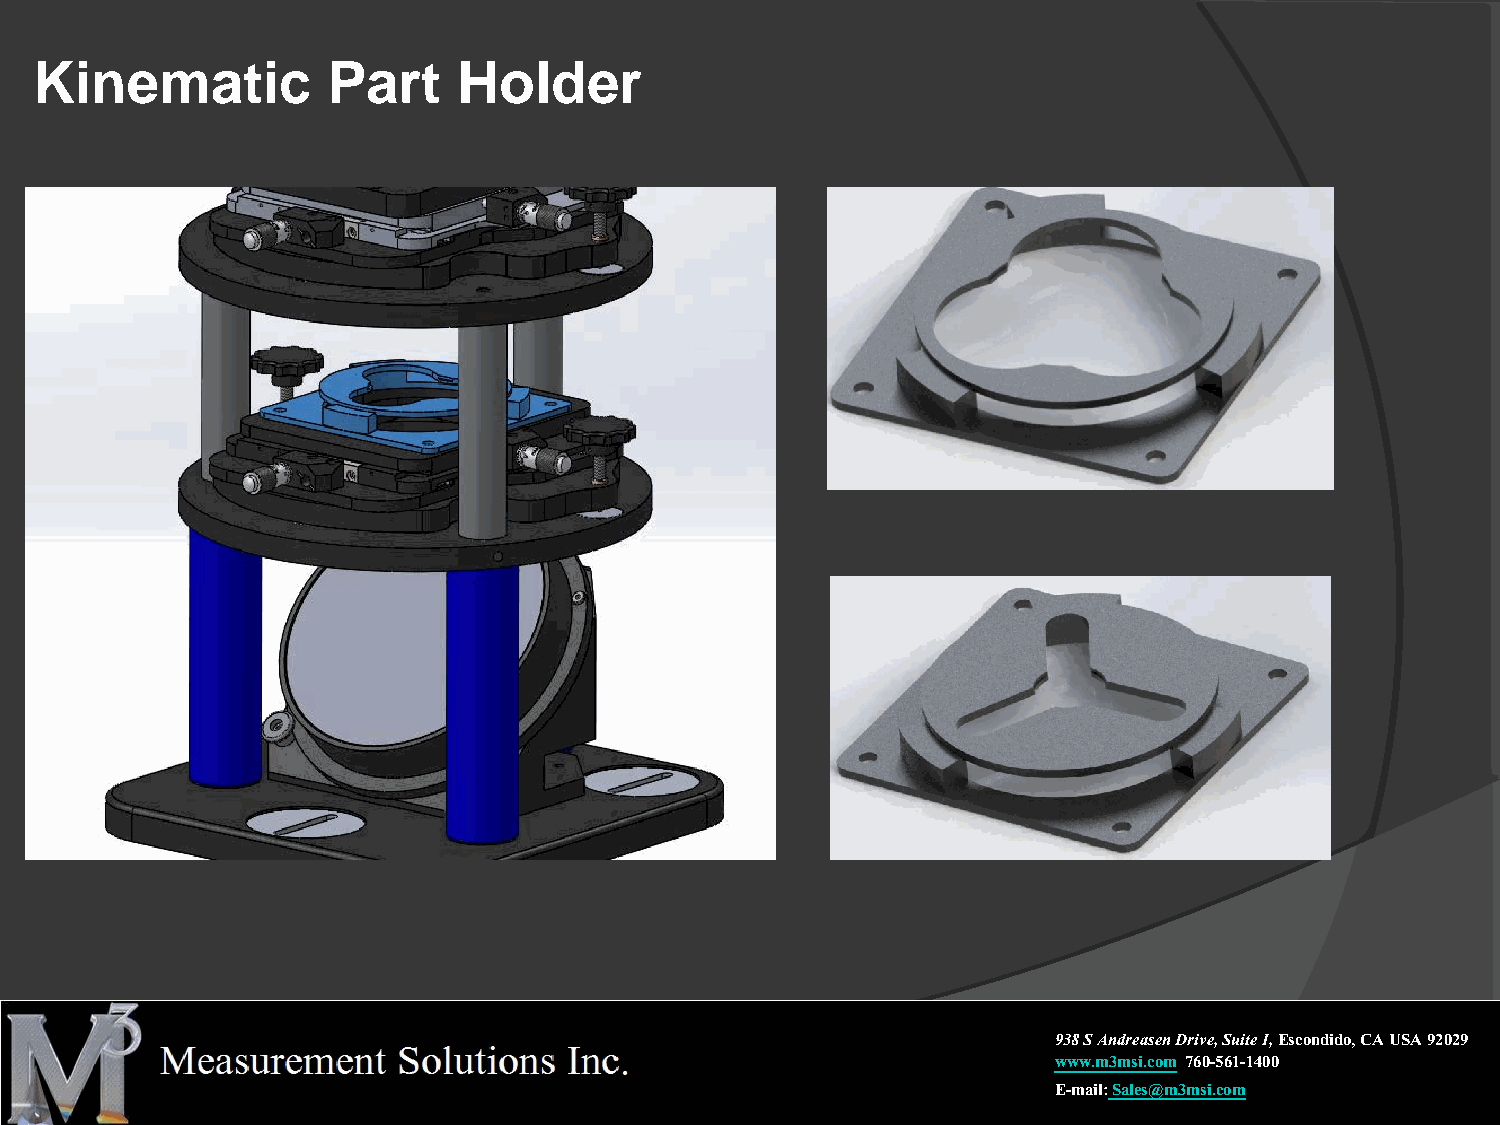
Kinematic           Part    Holder
 938 S Andreasen Drive, Suite I,Escondido, CA USA 92029
 www.m3msi.com 760-561-1400
 E-mail:Sales@m3msi.com